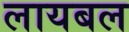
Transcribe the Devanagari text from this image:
लायबल